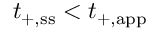
t _ { + , \mathrm { s s } } < t _ { + , \mathrm { a p p } }